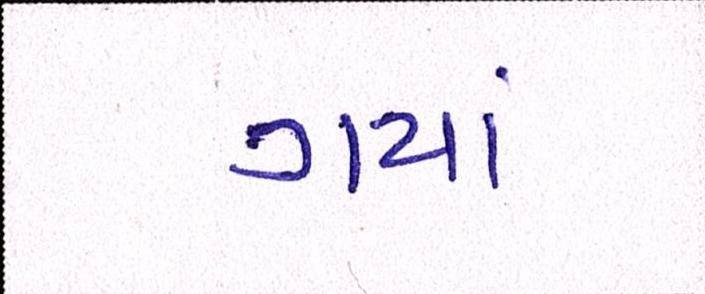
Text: ગયાં